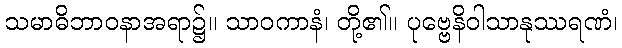
သမာဓိဘာဝနာအရာ၌။ သာဝကာနံ၊ တို့၏။ ပုဗ္ဗေနိဝါသာနုဿရဏံ၊